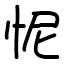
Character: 怩